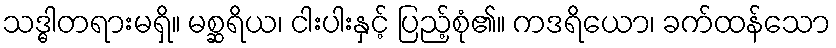
သဒ္ဓါတရားမရှိ။ မစ္ဆရိယ၊ ငါးပါးနှင့် ပြည့်စုံ၏။ ကဒရိယော၊ ခက်ထန်သော